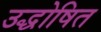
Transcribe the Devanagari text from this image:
उद्धोषित